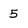
Character: 5